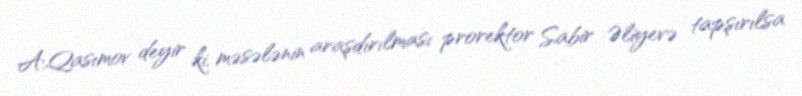
A.Qasımov deyir ki, məsələnin araşdırılması prorektor Sabir Əliyevə tapşırılsa